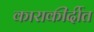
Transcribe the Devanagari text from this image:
काराकीर्दीत